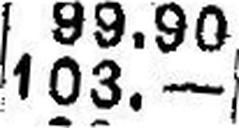
103.—